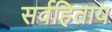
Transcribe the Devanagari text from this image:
सर्वहिताय